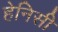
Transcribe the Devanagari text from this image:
हेनिसी